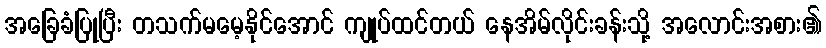
အခြေခံပြုပြီး တသက်မမေ့နိုင်အောင် ကျုပ်ထင်တယ် နေအိမ်လိုင်းခန်းသို့ အလောင်းအစား၏